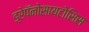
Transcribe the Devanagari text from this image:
ड्रेपॅनोसायटोसिस